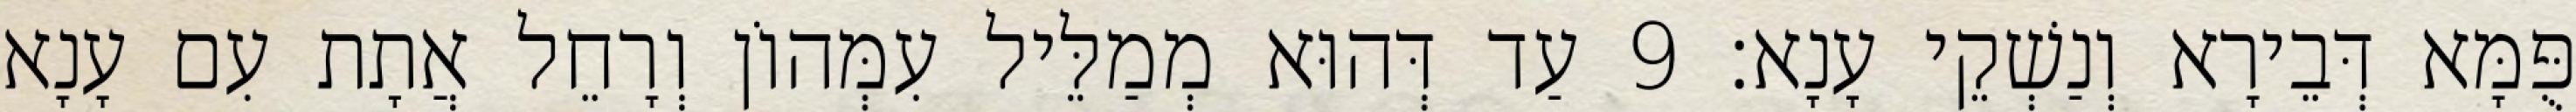
פֻּמָּא דְּבֵירָא וְנַשְׁקֵי עָנָא׃ 9 עַד דְּהוּא מְמַלֵּיל עִמְּהוֹן וְרָחֵל אֲתָת עִם עָנָא